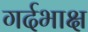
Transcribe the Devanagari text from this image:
गर्दभाक्ष